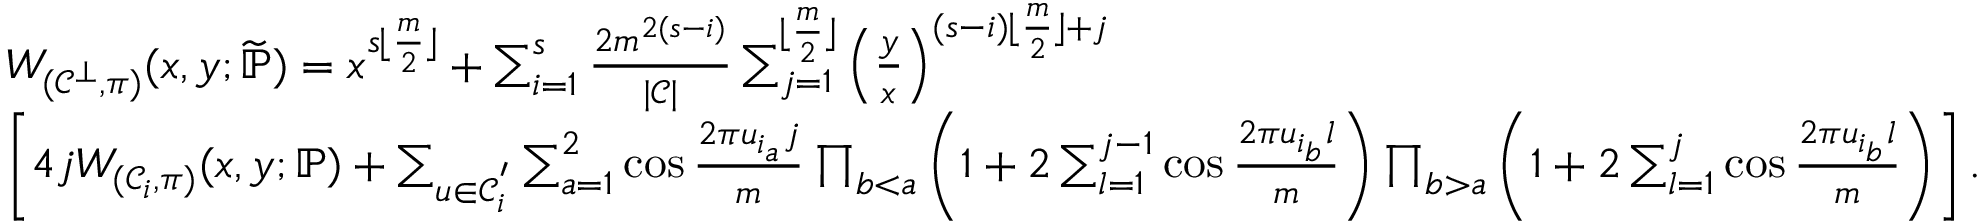
\begin{array} { r l r } & { W _ { ( \mathcal { C } ^ { \bot } , \pi ) } ( x , y ; \widetilde { \mathbb { P } } ) = x ^ { s \lfloor \frac { m } { 2 } \rfloor } + \sum _ { i = 1 } ^ { s } \frac { 2 m ^ { 2 ( s - i ) } } { | \mathcal { C } | } \sum _ { j = 1 } ^ { \lfloor \frac { m } { 2 } \rfloor } \left( \frac { y } { x } \right) ^ { ( s - i ) \lfloor \frac { m } { 2 } \rfloor + j } } & \\ & { \left[ 4 j W _ { ( \mathcal { C } _ { i } , \pi ) } ( x , y ; \mathbb { P } ) + \sum _ { u \in \mathcal { C } _ { i } ^ { ' } } \sum _ { a = 1 } ^ { 2 } \cos \frac { 2 \pi u _ { i _ { a } } j } { m } \prod _ { b < a } \left( 1 + 2 \sum _ { l = 1 } ^ { j - 1 } \cos \frac { 2 \pi u _ { i _ { b } } l } { m } \right) \prod _ { b > a } \left( 1 + 2 \sum _ { l = 1 } ^ { j } \cos \frac { 2 \pi u _ { i _ { b } } l } { m } \right) \right] . } & \end{array}